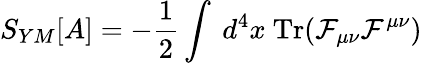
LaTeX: S_{YM}[A]=-\frac{1}{2}\int\ d^{4}x\ \mathrm{Tr}({\cal F}_{\mu\nu}{\cal F}^{\mu\nu})